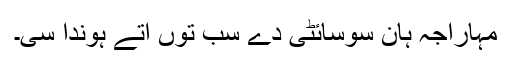
مہاراجہ ہان سوسائٹی دے سب توں اتے ہوندا سی۔